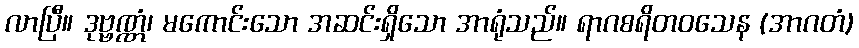
လာပြီ။ ဒုဗ္ဗဏ္ဏံ၊ မကောင်းသော အဆင်းရှိသော အာရုံသည်။ ရာဂစရိတဝသေန (အာဂတံ)